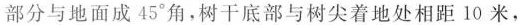
部分与地面成45°角，树干底部与树尖着地处相距10米，